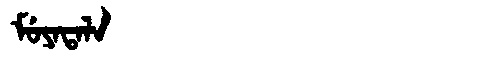
Manchu: ᠮᡠᠶᠠᡨᠠᠯᠠ
Romanization: MUYATALA